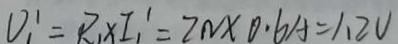
V _ { 1 } ^ { \prime } = R _ { 1 } \times I _ { 1 } ^ { \prime } = 2 N \times 0 . 6 A = 1 . 2 V